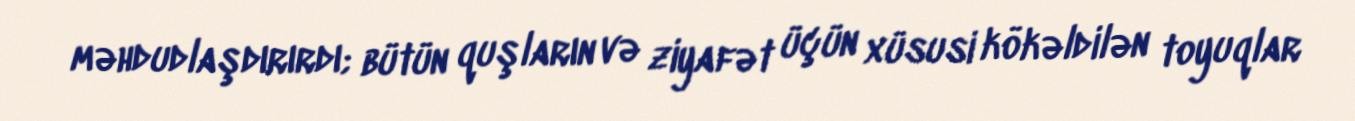
məhdudlaşdırırdı; bütün quşların və ziyafət üçün xüsusi kökəldilən toyuqlar